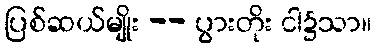
ပြစ်ဆယ်မျိုး -- ပွားတိုး ငါ၌သာ။